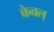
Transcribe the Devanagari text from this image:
केवल्